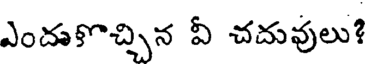
ఎందుకొచ్చిన వీ చదువులు?